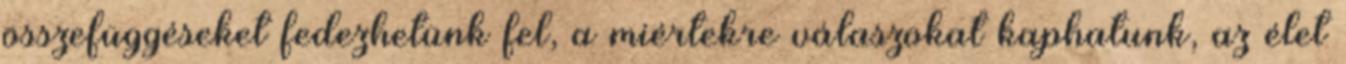
összefüggéseket fedezhetünk fel, a miértekre válaszokat kaphatunk, az élet